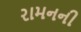
રામનની